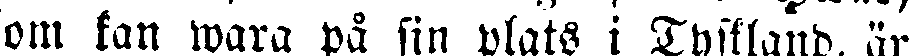
om kan wara på sin plats i Tyskland, är